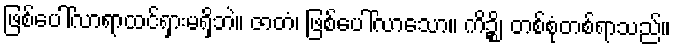
ဖြစ်ပေါ်လာရာထင်ရှားမရှိဘဲ။ ဇာတံ၊ ဖြစ်ပေါ်လာသော။ ကိဉ္စိ၊ တစ်စုံတစ်ရာသည်။